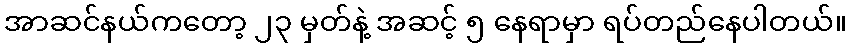
အာဆင်နယ်ကတော့ ၂၃ မှတ်နဲ့ အဆင့် ၅ နေရာမှာ ရပ်တည်နေပါတယ်။